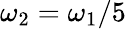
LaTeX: \omega_{2}=\omega_{1}/5